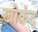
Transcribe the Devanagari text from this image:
खोकंद